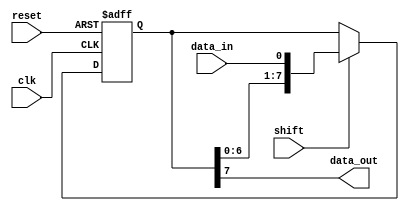
module shift_register(
    input wire clk,      // Clock signal
    input wire reset,    // Reset signal
    input wire data_in,  // Input data
    input wire shift,    // Shift control signal
    output reg data_out  // Output data
);

reg [7:0] register; // 8-bit shift register

// Sequential logic for shift register
always @(posedge clk or posedge reset)
begin
    if (reset)
        register <= 8'b0; // Reset register to all zeros
    else if (shift)
        register <= {register[6:0], data_in}; // Shift in input data
end

// Output data from final flip-flop
assign data_out = register[7];

endmodule